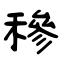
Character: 穇